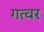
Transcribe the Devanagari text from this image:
गत्वर